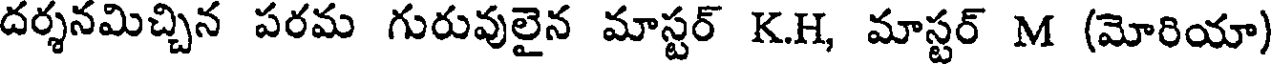
దర్శనమిచ్చిన పరమ గురువులైన మాస్టర్ K.H, మాస్టర్ M (మోరియా)